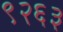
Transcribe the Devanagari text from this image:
९२६३